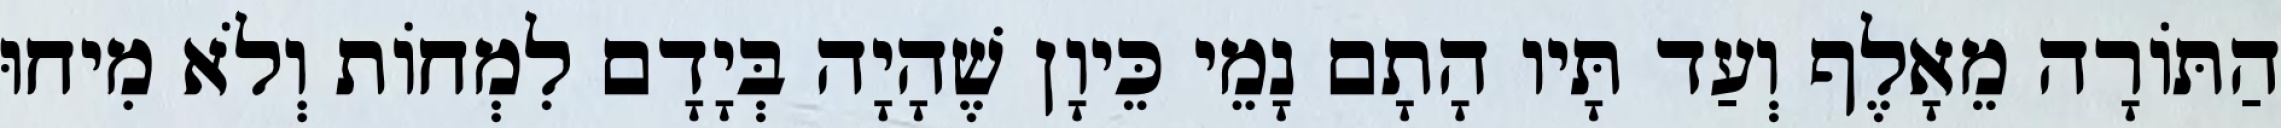
הַתּוֹרָה מֵאָלֶף וְעַד תָּיו הָתָם נָמֵי כֵּיוָן שֶׁהָיָה בְּיָדָם לִמְחוֹת וְלֹא מִיחוּ